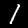
Label: 1